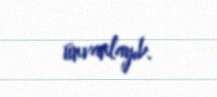
ünvanlayıb.